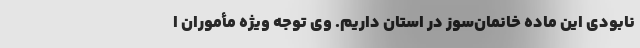
نابودی این ماده خانمان‌سوز در استان داریم. وی توجه ویژه مأموران ا